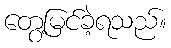
တွေ့မြင်ခဲ့ရသည်။